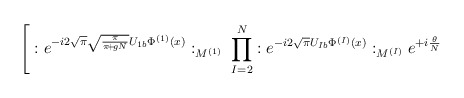
\begin{align*}\Bigg[: e^{- i 2 \sqrt{\pi} \sqrt{\frac{\pi}{\pi\!+\!gN}} U_{1 b} \Phi^{(1)}(x)}:_{M^{(1)}} \; \prod_{I=2}^N: e^{- i 2 \sqrt{\pi} U_{I b} \Phi^{(I)}(x)}:_{M^{(I)}} e^{+ i \frac{\theta}{N}}\end{align*}